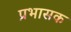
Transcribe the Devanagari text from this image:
प्रभासक